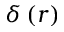
\delta \, ( r )